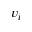
v _ { i }